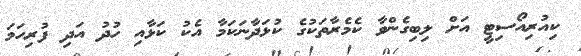
ކިއުރިއޯސިޓީ އަށް ލިބިގެންވާ ކެމެރާތަކުގެ ކުޅަދާނަކަމާ އެކު ކަޅާއި ހުދު އަދި ފުރިހަމަ